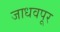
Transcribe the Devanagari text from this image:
जाधवपूर